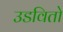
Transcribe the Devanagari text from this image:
उडवितो